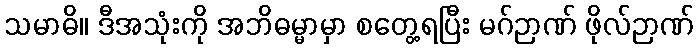
သမာဓိ။ ဒီအသုံးကို အဘိဓမ္မာမှာ စတွေ့ရပြီး မဂ်ဉာဏ် ဖိုလ်ဉာဏ်